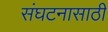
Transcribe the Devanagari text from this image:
संघटनासाठी